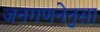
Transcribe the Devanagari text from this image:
जनगणनेनुसा